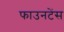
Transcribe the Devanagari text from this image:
फाउनटेंस